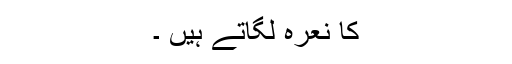
کا نعرہ لگاتے ہیں ۔